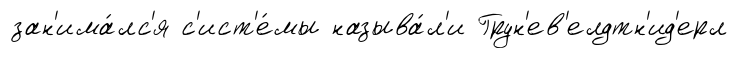
зан'има́лс'я с'ист'е́мы называ́л'и Грун'ев'елдтн'ид'ерл